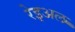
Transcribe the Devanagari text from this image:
रेइअल